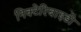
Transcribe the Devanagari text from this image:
निक्टेरिबाइडी